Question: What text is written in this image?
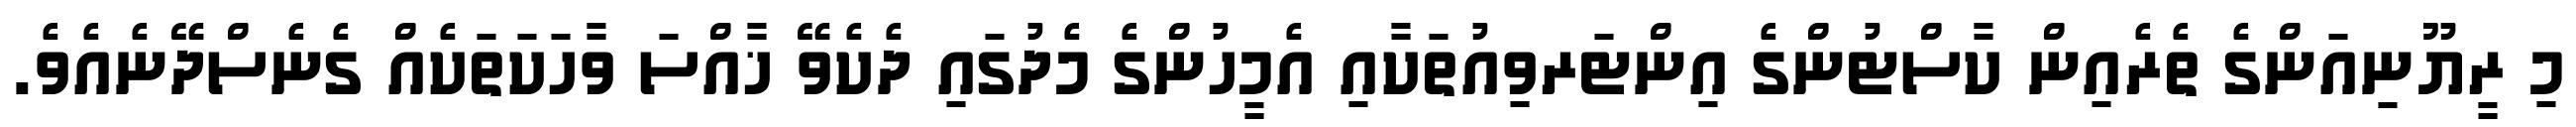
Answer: މި ރީޔޫނިއަންގެ ތެރެއިން ކާސްޓުންގެ އިންޓަރވިއުތަކާއި އެމީހުންގެ މެދުގައި ދެކެވޭ ޚާއްސަ ވާހަކަތަކެއް ގެނެސްދޭނެއެވެ.